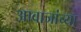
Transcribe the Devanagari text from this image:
आवाजांच्या